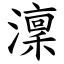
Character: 澟